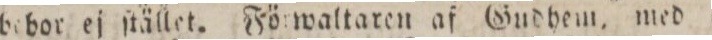
bebor ej ſtället. Förwaltaren af Gudhem, med adreße